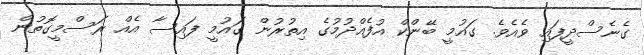
ގެނެސްދީފައި ވެއެވެ. ގައުމީ ބޭންކް އުފެއްދުމުގެ އިތުރުން ގައުމީ ފައިސާ އެއް ރަސްމީގޮތުން